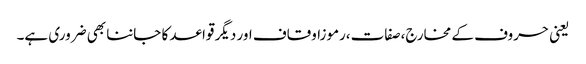
یعنی حروف کے مخارج،صفات،رموزاوقاف اور دیگر قواعد کا جاننا بھی ضروری ہے۔